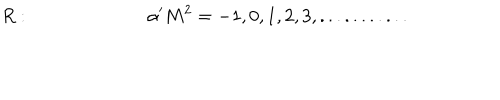
LaTeX: R : ~ \alpha ^ { \prime } M ^ { 2 } = - 1 , 0 , 1 , 2 , 3 , . . . . . . . . . . .